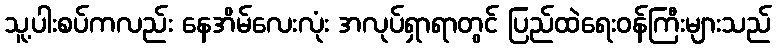
သူ့ပါးစပ်ကလည်း နေအိမ်လေးလုံး အလုပ်ရှာရာတွင် ပြည်ထဲရေးဝန်ကြီးများသည်